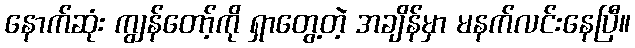
နောက်ဆုံး ကျွန်တော့်ကို ရှာတွေ့တဲ့ အချိန်မှာ မနက်လင်းနေပြီ။